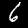
Label: 6